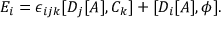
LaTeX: E _ { i } = \epsilon _ { i j k } [ D _ { j } [ A ] , C _ { k } ] + [ D _ { i } [ A ] , \phi ] .